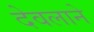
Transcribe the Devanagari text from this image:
देवलाने